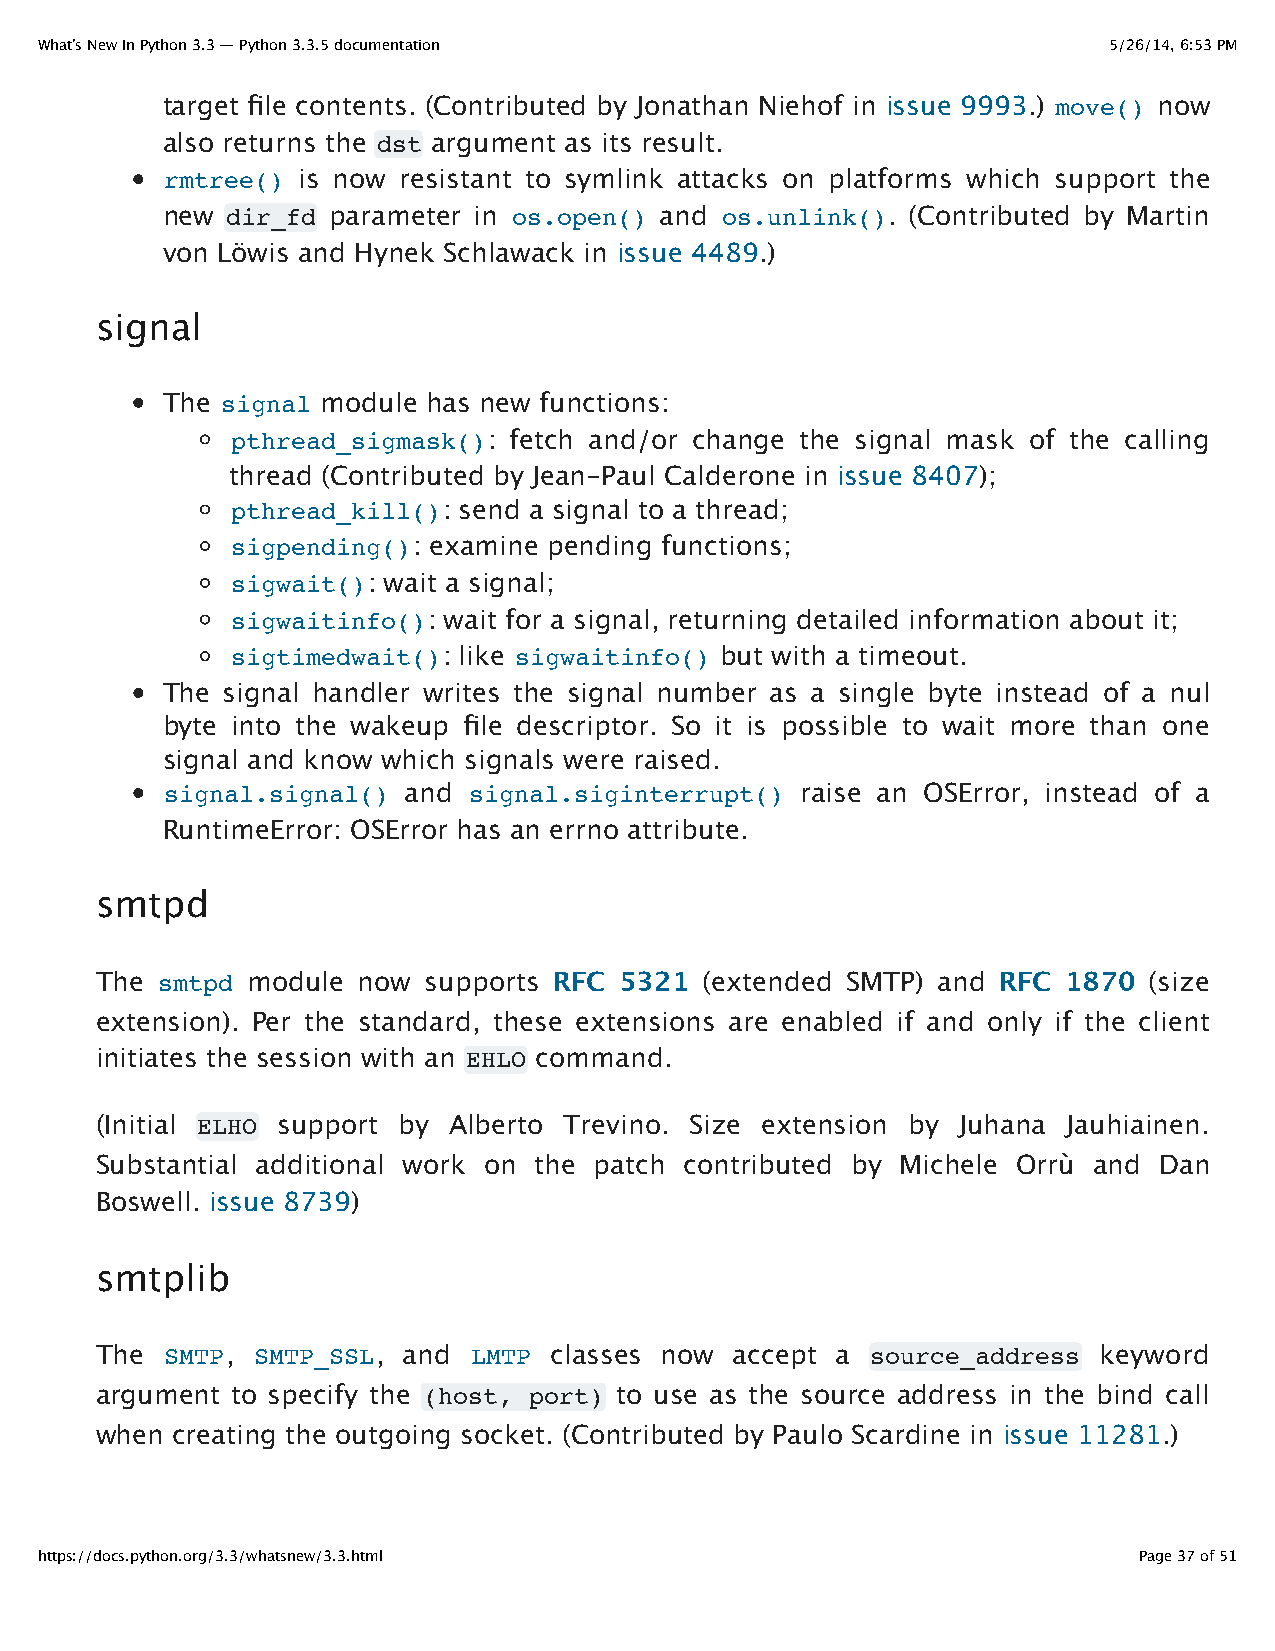
What’s New In Python 3.3 — Python 3.3.5 documentation                  5/26/14, 6:53 PM
 target file contents. (Contributed by Jonathan Niehof in issue 9993.) move() now
 also returns the dst argument as its result.
 rmtree() is now resistant to symlink attacks on platforms which support the
 new dir_fd parameter in os.open() and os.unlink(). (Contributed by Martin
 von Löwis and Hynek Schlawack in issue 4489.)
 signal
 The signal module has new functions:
 pthread_sigmask(): fetch and/or change the signal mask of the calling
 thread (Contributed by Jean-Paul Calderone in issue 8407);
 pthread_kill(): send a signal to a thread;
 sigpending(): examine pending functions;
 sigwait(): wait a signal;
 sigwaitinfo(): wait for a signal, returning detailed information about it;
 sigtimedwait(): like sigwaitinfo() but with a timeout.
 The signal handler writes the signal number as a single byte instead of a nul
 byte into the wakeup file descriptor. So it is possible to wait more than one
 signal and know which signals were raised.
 signal.signal() and signal.siginterrupt() raise an OSError, instead of a
 RuntimeError: OSError has an errno attribute.
 smtpd
 The smtpd module  now supports RFC 5321  (extended SMTP) and RFC 1870 (size
 extension). Per the standard, these extensions are enabled if and only if the client
 initiates the session with an EHLO command.
 (Initial ELHO support by Alberto Trevino. Size extension by Juhana Jauhiainen.
 Substantial additional work on the patch contributed by Michele Orrù and Dan
 Boswell. issue 8739)
 smtplib
 The  SMTP, SMTP_SSL, and LMTP classes now  accept a source_address keyword
 argument to specify the (host, port) to use as the source address in the bind call
 when creating the outgoing socket. (Contributed by Paulo Scardine in issue 11281.)
 https://docs.python.org/3.3/whatsnew/3.3.html                            Page 37 of 51